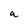
Character: a